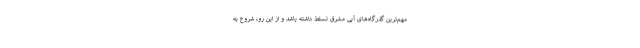
مهم‌ترین گذرگاه‌های آبی مشرق تسلط داشته باشد و از این رو، شروع به